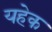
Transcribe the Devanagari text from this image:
यहेक